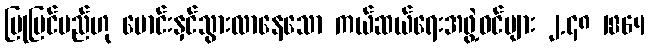
ပြုပြင်မည်ဟု မောင်းနှင်သွားလာနေသော ကယ်ဆယ်ရေးအဖွဲ့ဝင်များ ၂.၄၈ 1864